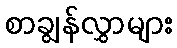
စာချွန်လွှာများ